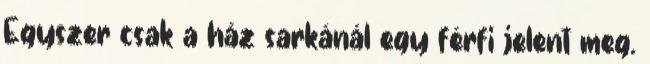
Egyszer csak a ház sarkánál egy férfi jelent meg.